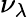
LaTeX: \nu_{\lambda}